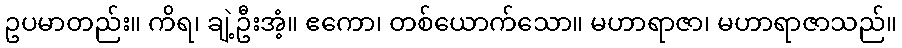
ဥပမာတည်း။ ကိရ၊ ချဲ့ဦးအံ့။ ဧကော၊ တစ်ယောက်သော။ မဟာရာဇာ၊ မဟာရာဇာသည်။